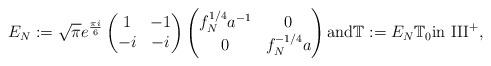
LaTeX: \begin{align*}E_N:= \sqrt{\pi}e^{\frac{\pi i}{6}}\begin{pmatrix}1 & -1 \\ -i & -i\end{pmatrix}\begin{pmatrix}f_N^{1/4}a^{-1} & 0 \\ 0 & f_N^{-1/4} a\end{pmatrix} \mbox{and} \mathbb{T}:= E_N \mathbb{T}_0 \mbox{in III}^+ ,\end{align*}